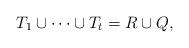
LaTeX: \begin{align*} T_1 \cup \dots \cup T_t = R\cup Q,\end{align*}